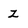
Character: z